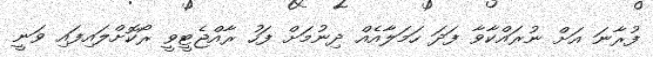
ފުރާނަ އަށް ނުރައްކާވާ ފަދަ ހަމަލާއެއް ދިނުމަށް ފަހު ރާއްޖެޓީވީ ރޯކޮށްލައިފައި ވަނީ